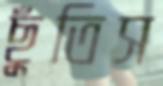
ছুঁতিস